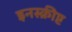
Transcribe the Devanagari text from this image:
इनस्क्रीप्ट